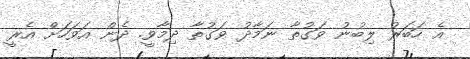
އެ ހަބަރު ލިބުނު ވަގުތާ ނަމާދު ވަގުތާ ދިމާވީ. ދެން އަވަހަށް އެރީ